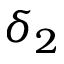
\delta _ { 2 }